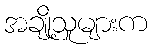
အချို့သူများက